Vaccination in the Punjab 1897-1904 - 1897-1904
Year: 1897
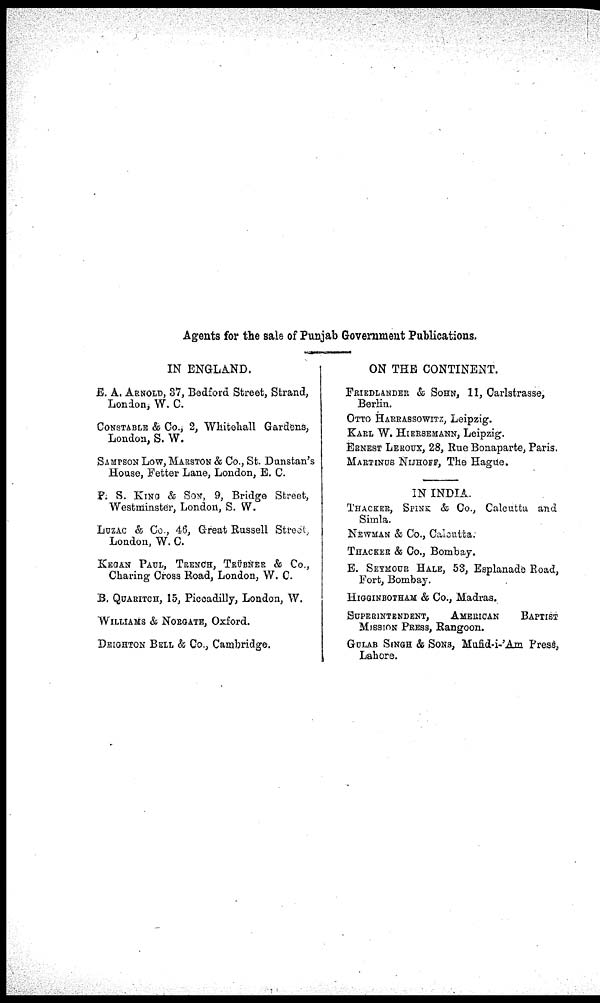
Agents for the sale of Punjab Government Publications.
IN ENGLAND.
E. A. ARNOLD, 37, Bedford Street, Strand,
London, W. C.
CONSTABLE & Co., 2, Whitehall Gardens,
London, S. W.
SAMPSON LOW, MARSTON & Co., St. Dunstan's
House, Fetter Lane, London, E. C.
P. S. KING & SON, 9, Bridge Street,
Westminster, London, S. W.
LUZAC & Co., 46, Great Russell Street,
London, W. C.
KEGAN PAUL, TRENCH, TRÜBNER & Co.,
Charing Cross Road, London, W. C.
B. QUARITCH, 15, Piccadilly, London, W.
WILLIAMS & NORGATE, Oxford.
DEIGHTON BELL & Co., Cambridge.
ON THE CONTINENT.
FRIEDLANDER & SOHN, 11, Carlstrasse,
Berlin.
OTTO HARRASSOWITZ, Leipzig.
KARL W. HIERSEMANN, Leipzig.
ERNEST LEROUX, 28, Rue Bonaparte, Paris.
MARTINUS NIJHOFF, The Hague.
IN INDIA.
THACKER, SPINK & Co., Calcutta a
Simla.
NEWMAN & Co., Calcutta.
THACKER & Co., Bombay.
E. SEYMOUR HALE, 53, Esplanade Road,
Fort, Bombay.
HIGGINBOTHAM & Co., Madras.
SUPERINTENDENT,
AMERICAN
BAPTIST
MISSION PRESS, Rangoon.
GULAB SINGH & SONS, Mufid-i-'Am Press,
Lahore.